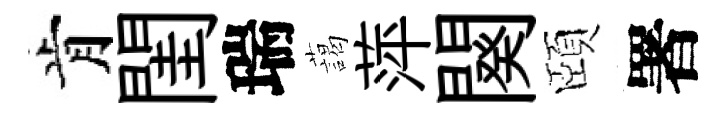
肯閨瑞藹萍闋頤署